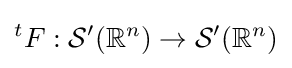
{}^{t}F:{\mathcal {S}}^{\prime }(\mathbb {R} ^{n})\to {\mathcal {S}}^{\prime }(\mathbb {R} ^{n})